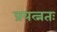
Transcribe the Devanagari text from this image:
प्रयत्नतः